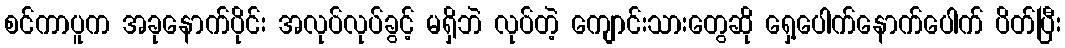
စင်ကာပူက အခုနောက်ပိုင်း အလုပ်လုပ်ခွင့် မရှိဘဲ လုပ်တဲ့ ကျောင်းသားတွေဆို ရှေ့ပေါက်နောက်ပေါက် ပိတ်ပြီး